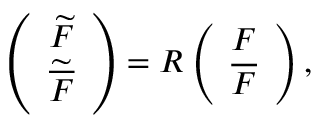
\left( \begin{array} { c c } { { \widetilde F } } \\ { { { \widetilde { \overline { { F } } } } } } \end{array} \right) = R \left( \begin{array} { c c } { { F } } \\ { { { \overline { { F } } } } } \end{array} \right) ,